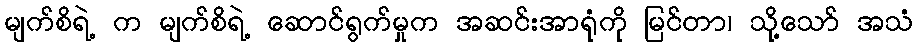
မျက်စိရဲ့ က မျက်စိရဲ့ ဆောင်ရွက်မှုက အဆင်းအာရုံကို မြင်တာ၊ သို့သော် အသံ